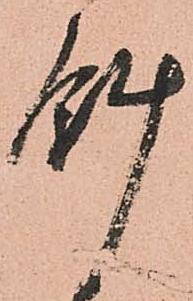
斜